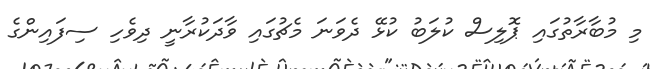
މި މުބާރާތުގައި ޕޮލިސް ކުލަބު ކުޅޭ ދެވަނަ މެޗުގައި ވާދަކުރާނީ ދިވެހި ސިފައިންގެ